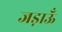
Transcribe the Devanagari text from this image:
जड़ाऊँ